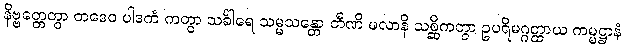
နိဗ္ဗတ္တေတွာ တဒေဝ ပါဒကံ ကတွာ သင်္ခါရေ သမ္မသန္တော တီဏိ ဖလာနိ သစ္ဆိကတွာ ဥပရိမဂ္ဂတ္ထာယ ကမ္မဋ္ဌာနံ